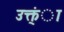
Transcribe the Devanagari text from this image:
उक्त्ंा